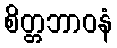
စိတ္တဘာဝနံ